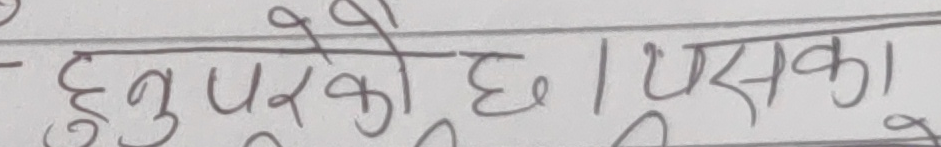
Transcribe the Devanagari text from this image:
हुनुपरेको छ । यसका